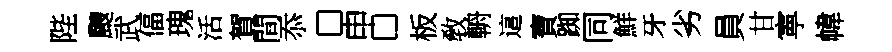
陛颼武偪瑰活賀間忝□申□板敎輈這寶踟同鮮牙劣員甘寕幃